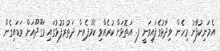
އެމަނިކުފާނު މިހެން ވިދާޅުވެފައިވަނީ ފ. އަތޮޅަށް ކުރެއްވި ކެމްޕެއިން ދަތުރުފުޅުގައި މަގޫދޫއަށް ވަޑައިގެން